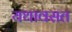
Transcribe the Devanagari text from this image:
यथावसत